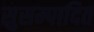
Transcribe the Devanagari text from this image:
सुसम्पादित